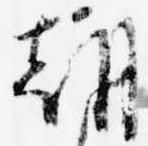
朝